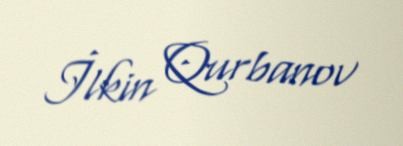
İlkin Qurbanov